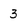
Character: 3